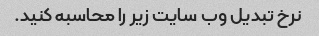
نرخ تبدیل وب سایت زیر را محاسبه کنید.